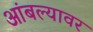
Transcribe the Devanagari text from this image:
आंबल्यावर